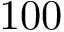
1 0 0